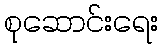
စုဆောင်းရေး